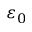
\varepsilon _ { 0 }